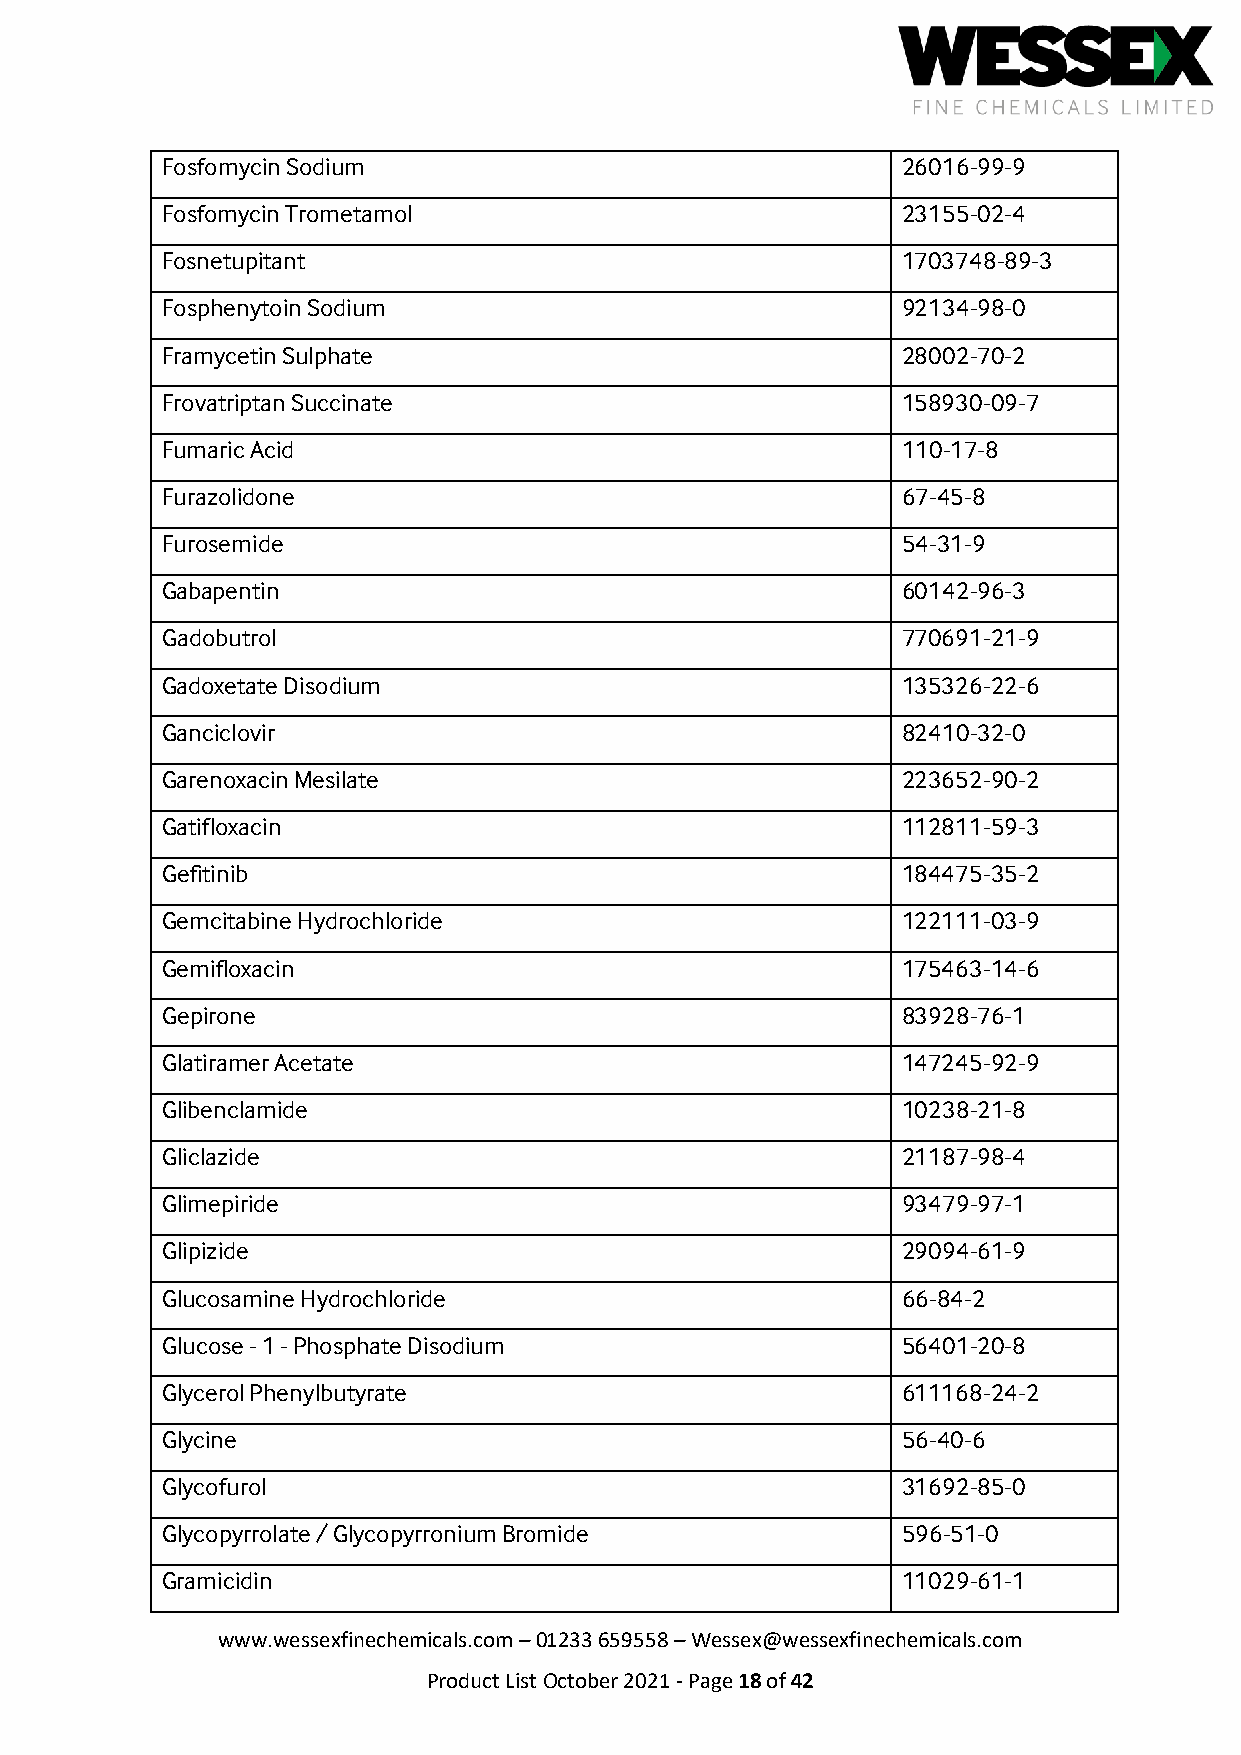
Fosfomycin Sodium                                26016-99-9
 Fosfomycin Trometamol                            23155-02-4
 Fosnetupitant                                    1703748-89-3
 Fosphenytoin Sodium                              92134-98-0
 Framycetin Sulphate                              28002-70-2
 Frovatriptan Succinate                           158930-09-7
 Fumaric Acid                                     110-17-8
 Furazolidone                                     67-45-8
 Furosemide                                       54-31-9
 Gabapentin                                       60142-96-3
 Gadobutrol                                       770691-21-9
 Gadoxetate Disodium                              135326-22-6
 Ganciclovir                                      82410-32-0
 Garenoxacin Mesilate                             223652-90-2
 Gatifloxacin                                     112811-59-3
 Gefitinib                                        184475-35-2
 Gemcitabine Hydrochloride                        122111-03-9
 Gemifloxacin                                     175463-14-6
 Gepirone                                         83928-76-1
 Glatiramer Acetate                               147245-92-9
 Glibenclamide                                    10238-21-8
 Gliclazide                                       21187-98-4
 Glimepiride                                      93479-97-1
 Glipizide                                        29094-61-9
 Glucosamine Hydrochloride                        66-84-2
 Glucose - 1 - Phosphate Disodium                 56401-20-8
 Glycerol Phenylbutyrate                          611168-24-2
 Glycine                                          56-40-6
 Glycofurol                                       31692-85-0
 Glycopyrrolate / Glycopyrronium Bromide          596-51-0
 Gramicidin                                       11029-61-1
 www.wessexfinechemicals.com – 01233 659558 – Wessex@wessexfinechemicals.com
 Product List October 2021 - Page 18 of 42